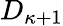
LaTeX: D_{\kappa+1}